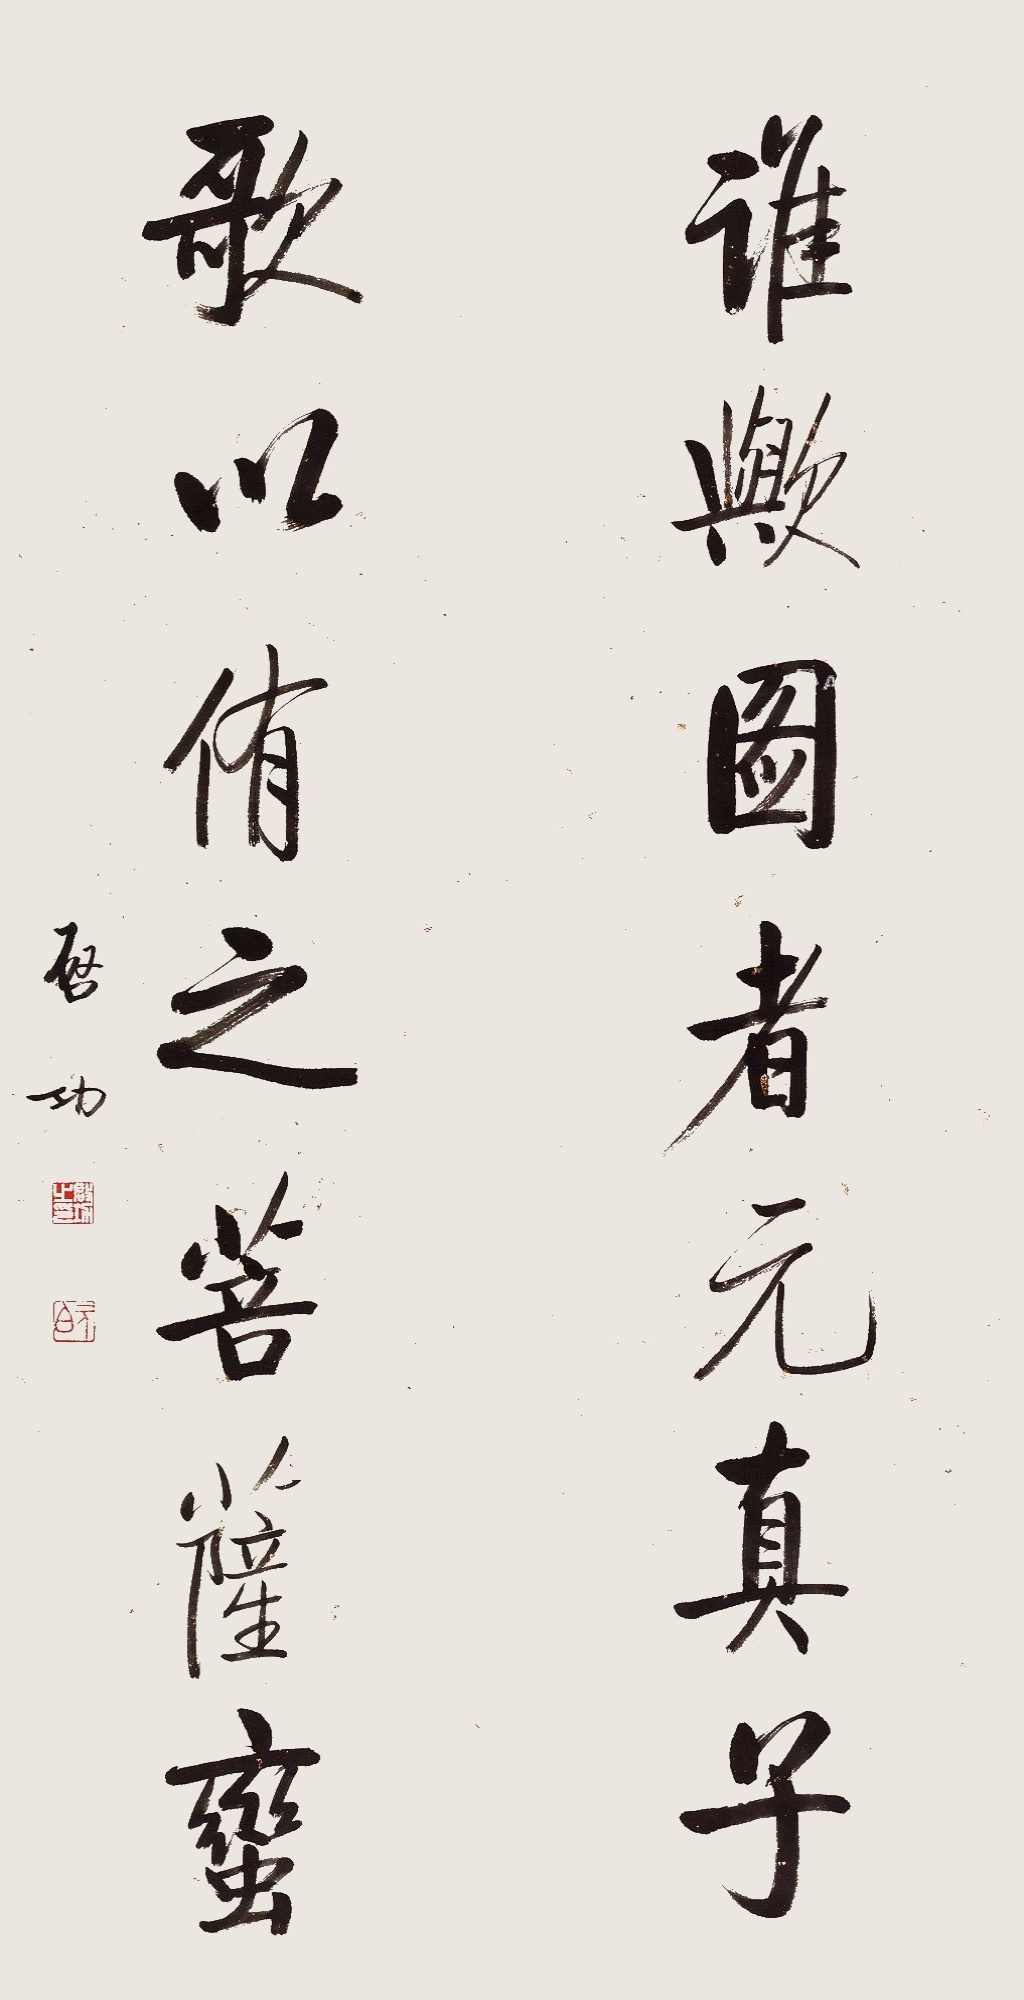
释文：谁欤图者元真子，歌以侑之菩萨蛮。启功。